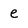
Character: e